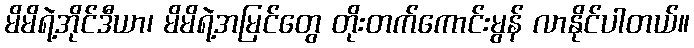
မိမိရဲ့အိုင်ဒီယာ၊ မိမိရဲ့အမြင်တွေ တိုးတက်ကောင်းမွန် လာနိုင်ပါတယ်။